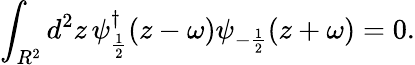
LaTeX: \int_{R^{2}}d^{2}z\, \psi_{\frac{1}{2}}^{\dagger}(z-\omega)\psi_{-\frac{1}{2}}(z+\omega)=0.